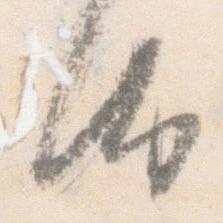
汰